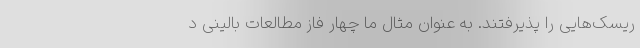
ریسک‌هایی را پذیرفتند. به عنوان مثال ما چهار فاز مطالعات بالینی د